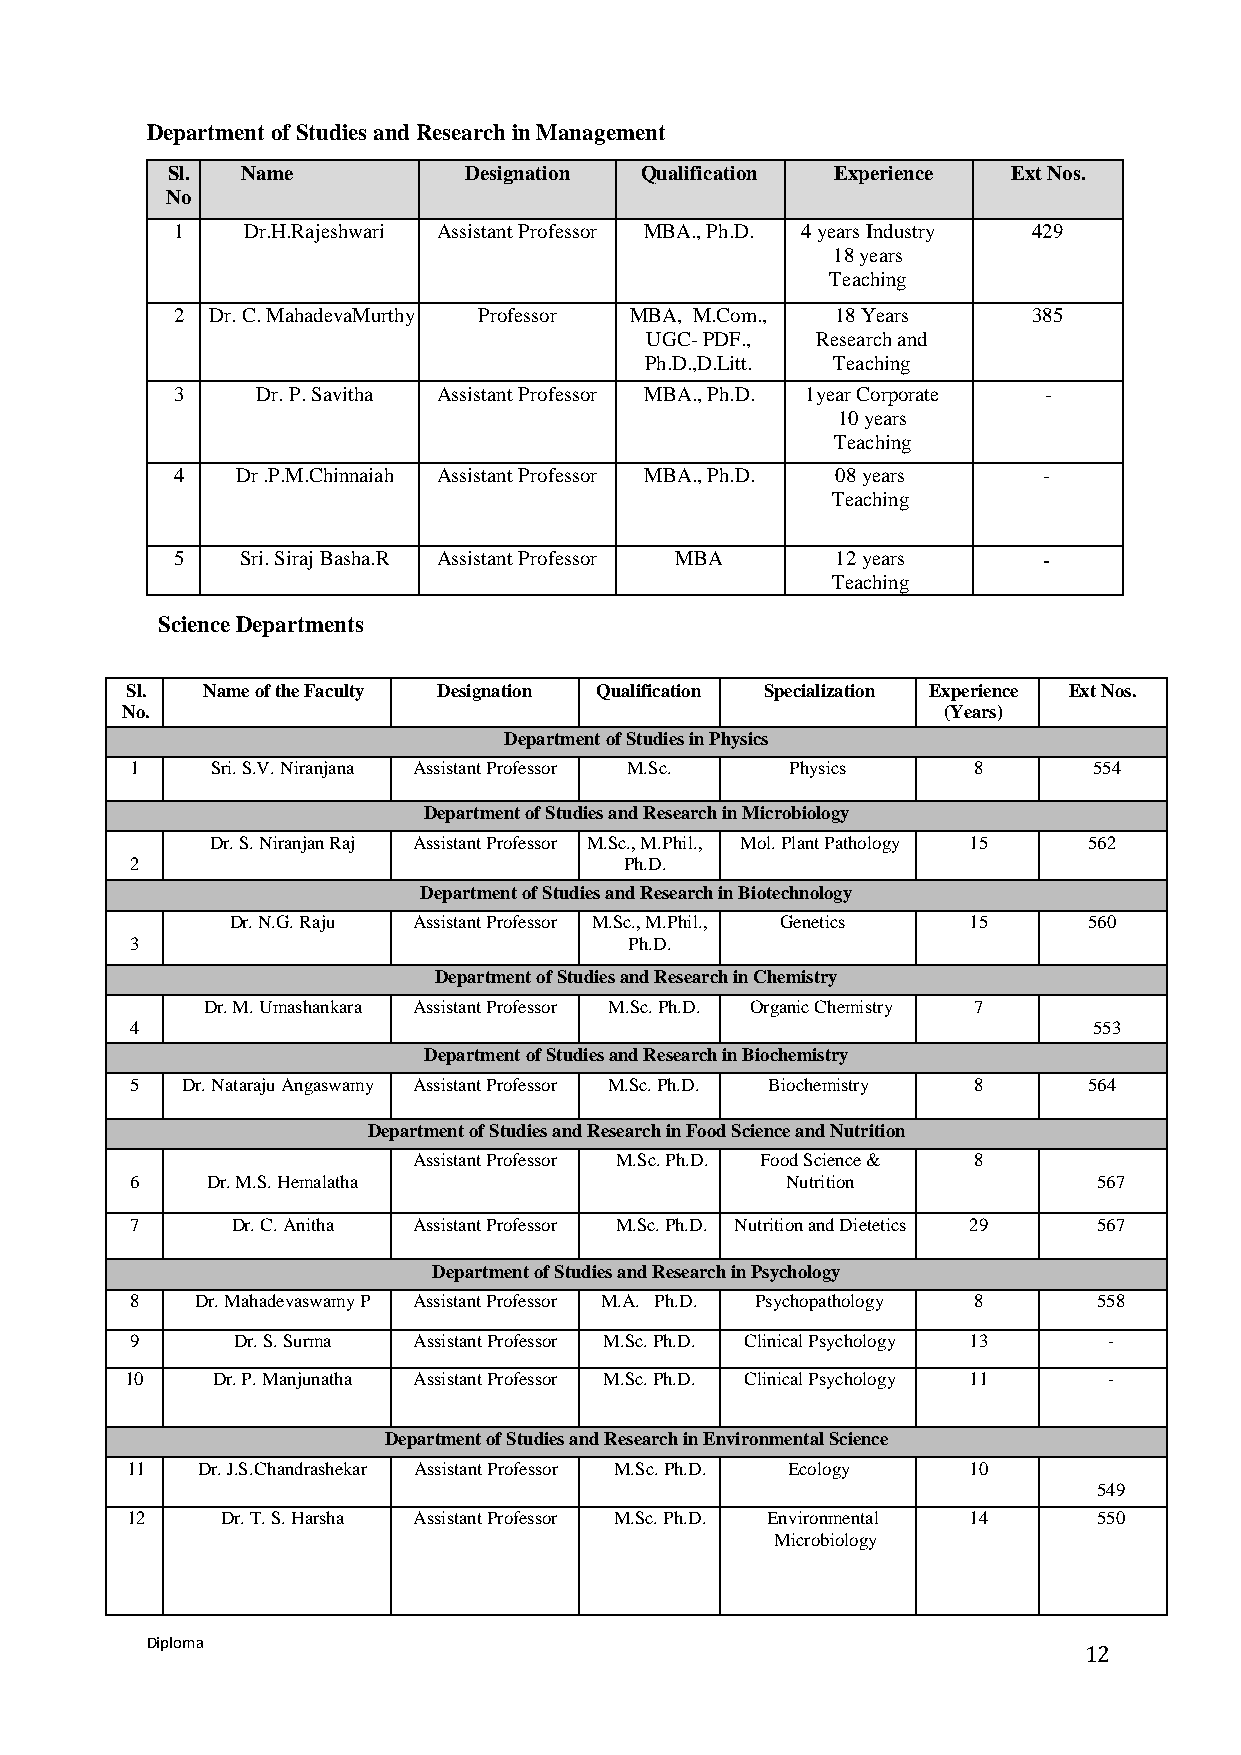
Department of Studies and Research in Management
 Sl.  Name           Designation Qualification Experience Ext Nos.
 No
 1    Dr.H.Rajeshwari Assistant Professor MBA., Ph.D. 4 years Industry 429
 18 years
 Teaching
 2  Dr. C. MahadevaMurthy Professor MBA, M.Com., 18 Years 385
 UGC- PDF., Research and
 Ph.D.,D.Litt. Teaching
 3     Dr. P. Savitha Assistant Professor MBA., Ph.D. 1year Corporate -
 10 years
 Teaching
 4    Dr .P.M.Chinnaiah Assistant Professor MBA., Ph.D. 08 years -
 Teaching
 5    Sri. Siraj Basha.R Assistant Professor MBA 12 years  -
 Teaching
 Science Departments
 Sl.  Name of the Faculty Designation Qualification Specialization Experience Ext Nos.
 No.                                                   (Years)
 Department of Studies in Physics
 1    Sri. S.V. Niranjana Assistant Professor M.Sc. Physics 8   554
 Department of Studies and Research in Microbiology
 Dr. S. Niranjan Raj Assistant Professor M.Sc., M.Phil., Mol. Plant Pathology 15 562
 2                               Ph.D.
 Department of Studies and Research in Biotechnology
 Dr. N.G. Raju Assistant Professor M.Sc., M.Phil., Genetics 15 560
 3                                Ph.D.
 Department of Studies and Research in Chemistry
 Dr. M. Umashankara Assistant Professor M.Sc. Ph.D. Organic Chemistry 7
 4                                                              553
 Department of Studies and Research in Biochemistry
 5  Dr. Nataraju Angaswamy Assistant Professor M.Sc. Ph.D. Biochemistry 8 564
 Department of Studies and Research in Food Science and Nutrition
 Assistant Professor M.Sc. Ph.D. Food Science & 8
 6    Dr. M.S. Hemalatha                    Nutrition            567
 7     Dr. C. Anitha Assistant Professor M.Sc. Ph.D. Nutrition and Dietetics 29 567
 Department of Studies and Research in Psychology
 8   Dr. Mahadevaswamy P Assistant Professor M.A. Ph.D. Psychopathology 8 558
 9     Dr. S. Surma Assistant Professor M.Sc. Ph.D. Clinical Psychology 13 -
 10    Dr. P. Manjunatha Assistant Professor M.Sc. Ph.D. Clinical Psychology 11 -
 Department of Studies and Research in Environmental Science
 11   Dr. J.S.Chandrashekar Assistant Professor M.Sc. Ph.D. Ecology 10
 549
 12     Dr. T. S. Harsha Assistant Professor M.Sc. Ph.D. Environmental 14 550
 Microbiology
 Diploma
 12